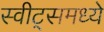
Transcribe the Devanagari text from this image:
स्वीट्‌समध्ये